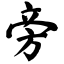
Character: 旁